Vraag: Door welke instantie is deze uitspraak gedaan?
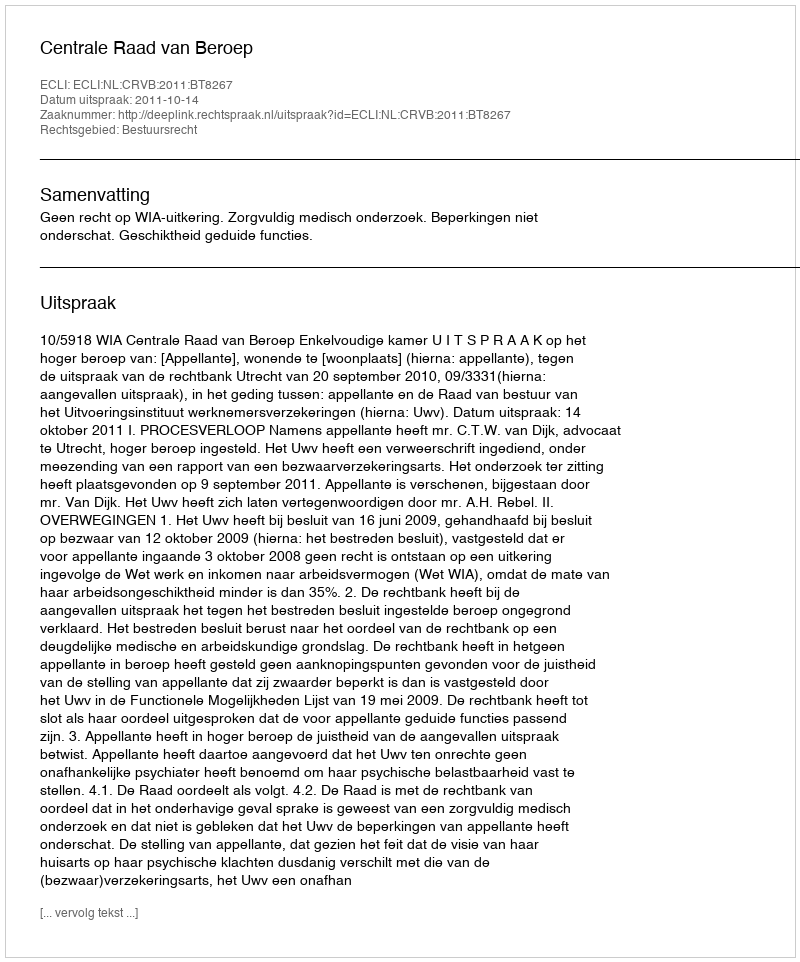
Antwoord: Centrale Raad van Beroep